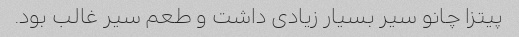
پیتزا چانو سیر بسیار زیادی داشت و طعم سیر غالب بود.